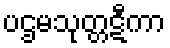
ပဌမသုတ္တဋီကာ